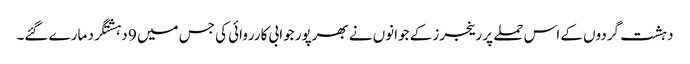
دہشت گردوں کے اس حملے پر رینجرز کے جوانوں نے بھرپور جوابی کارروائی کی جس میں 9 دہشتگرد مارے گئے۔